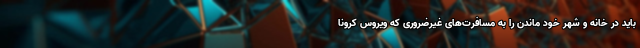
باید در خانه و شهر خود ماندن را به مسافرت‌های غیرضروری که ویروس کرونا